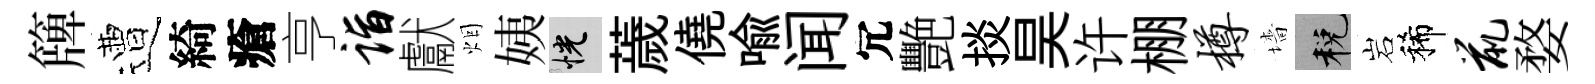
簰遭綺瘡亨诣獻烟姨恍薉僥喩闻冗艷掞昊许棚樽墻税岩稀鼠婺